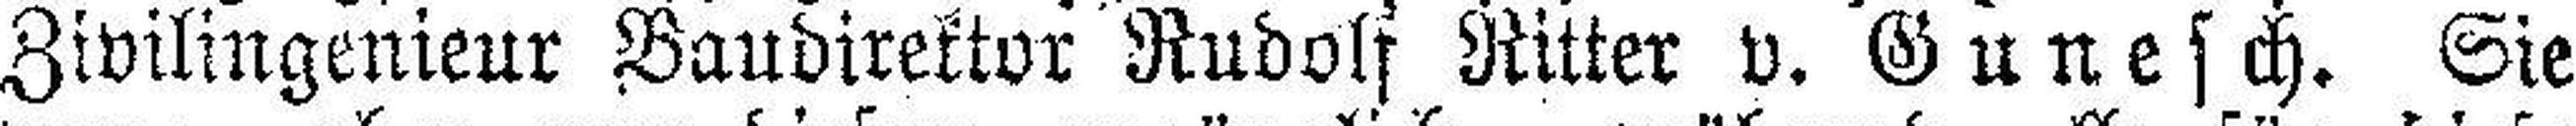
Zivilingenieur Baudirektor Rudolf Ritter v. Gunesch. Sie